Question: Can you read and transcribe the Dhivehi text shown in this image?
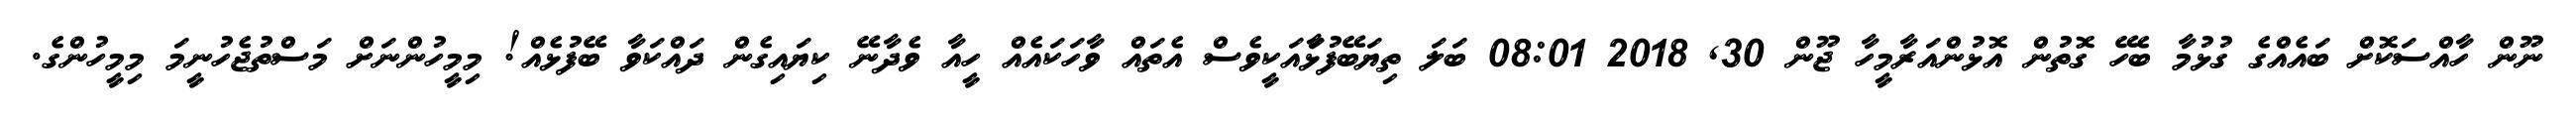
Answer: ނޫން ހާއްސަކޮށް ބައެއްގެ ގުޅުމާ ބެހޭ ގޮތުން އޮޅުންއަރާމީހާ ޖޫން 30, 2018 08:01 ބަލަ ތިޔަބޭފުޅާައަކީވެސް އެތައް ވާހަކައެއް ހީއާ ވެދާނޭ ކިޔައިގެން ދައްކަވާ ބޭފުޅެއް! މިމީހުންނަށް މަސްތުޖެހުނީމަ މިމީހުންގެ.